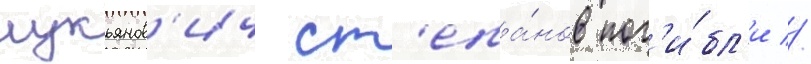
лукьянов'ич ст'епа́нов пог'и́бл'и //